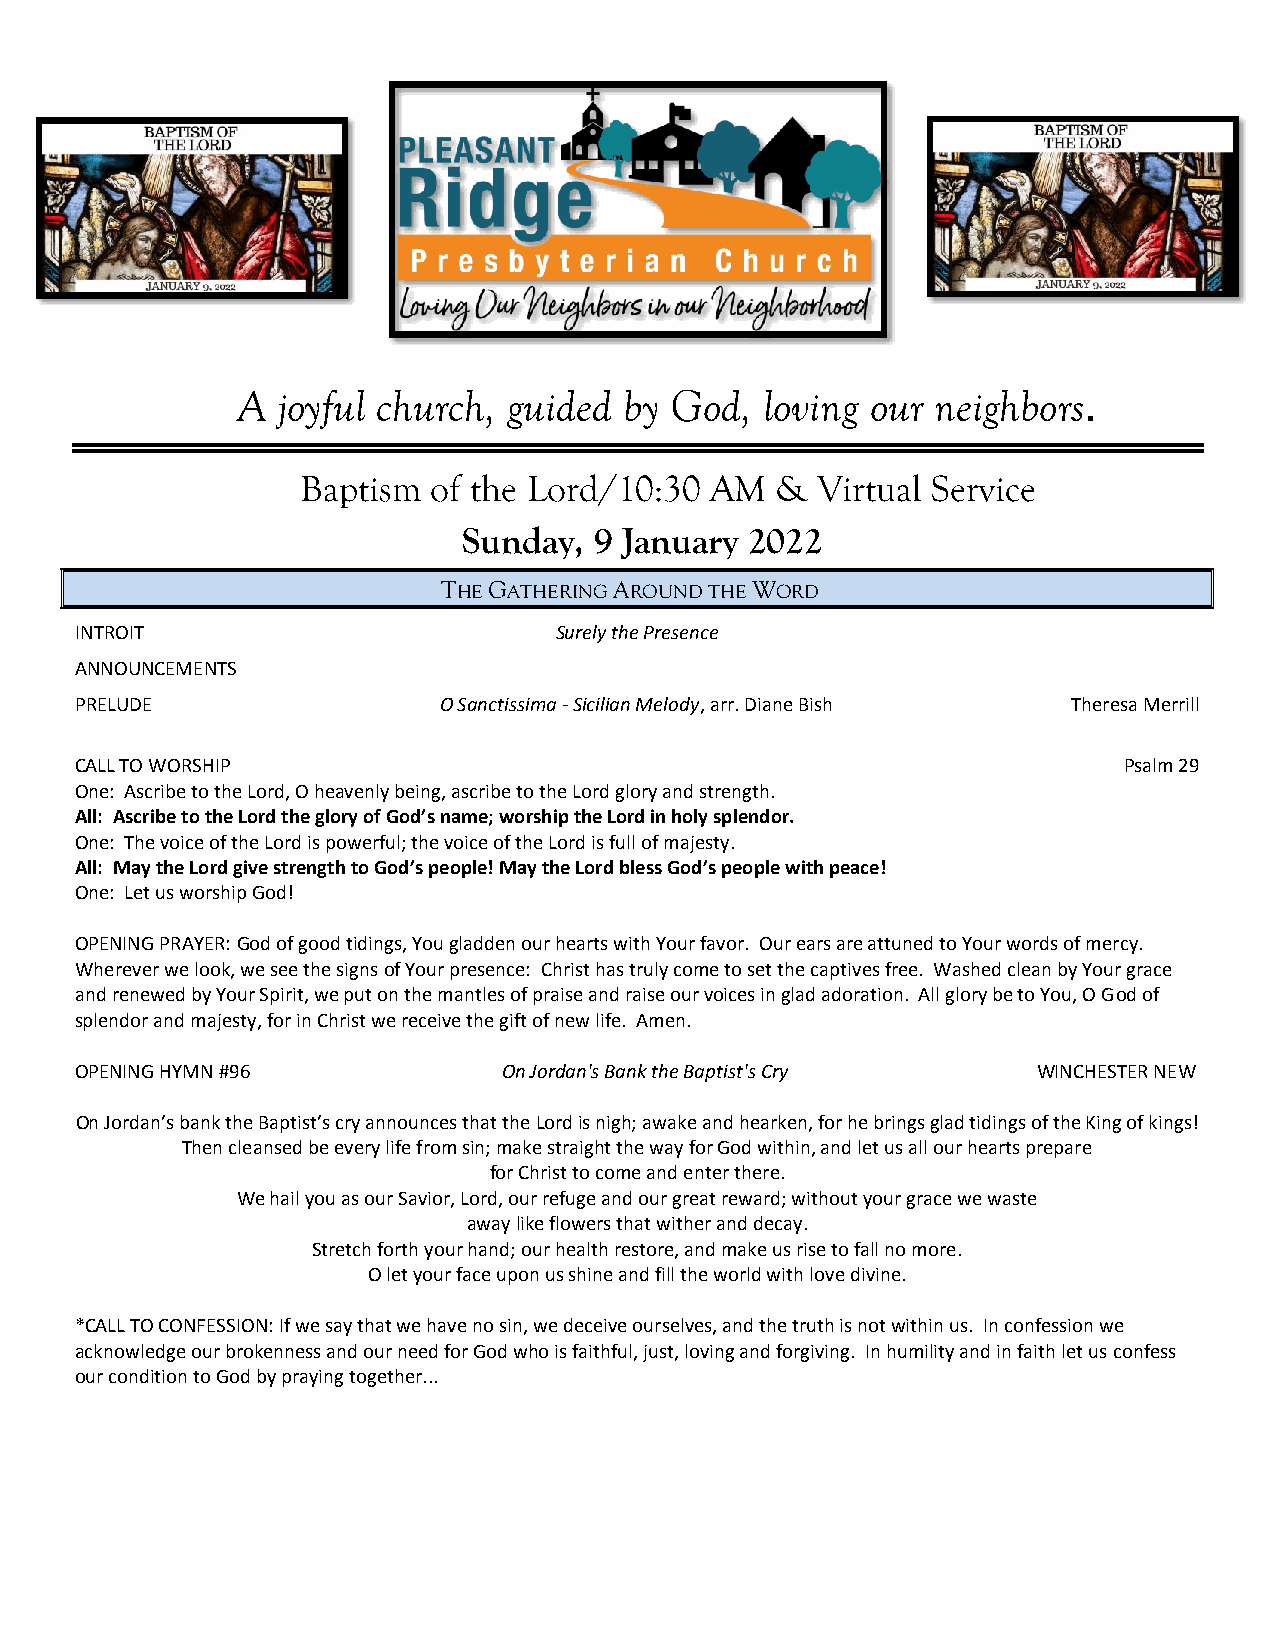
A joyful church,  guided by God,  loving  our neighbors.
 Baptism  of the Lord/10:30 AM  &  Virtual Service
 Sunday, 9 January  2022
 THE GATHERING AROUND THE WORD
 INTROIT                         Surely the Presence
 ANNOUNCEMENTS
 PRELUDE                 O Sanctissima - Sicilian Melody, arr. Diane Bish Theresa Merrill
 CALL TO WORSHIP                                                      Psalm 29
 One: Ascribe to the Lord, O heavenly being, ascribe to the Lord glory and strength.
 All: Ascribe to the Lord the glory of God’s name; worship the Lord in holy splendor.
 One: The voice of the Lord is powerful; the voice of the Lord is full of majesty.
 All: May the Lord give strength to God’s people! May the Lord bless God’s people with peace!
 One: Let us worship God!
 OPENING PRAYER: God of good tidings, You gladden our hearts with Your favor. Our ears are attuned to Your words of mercy.
 Wherever we look, we see the signs of Your presence: Christ has truly come to set the captives free. Washed clean by Your grace
 and renewed by Your Spirit, we put on the mantles of praise and raise our voices in glad adoration. All glory be to You, O God of
 splendor and majesty, for in Christ we receive the gift of new life. Amen.
 OPENING HYMN #96            On Jordan's Bank the Baptist's Cry  WINCHESTER NEW
 On Jordan’s bank the Baptist’s cry announces that the Lord is nigh; awake and hearken, for he brings glad tidings of the King of kings!
 Then cleansed be every life from sin; make straight the way for God within, and let us all our hearts prepare
 for Christ to come and enter there.
 We hail you as our Savior, Lord, our refuge and our great reward; without your grace we waste
 away like flowers that wither and decay.
 Stretch forth your hand; our health restore, and make us rise to fall no more.
 O let your face upon us shine and fill the world with love divine.
 *CALL TO CONFESSION: If we say that we have no sin, we deceive ourselves, and the truth is not within us. In confession we
 acknowledge our brokenness and our need for God who is faithful, just, loving and forgiving. In humility and in faith let us confess
 our condition to God by praying together...